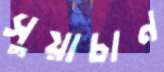
সুয়াচান